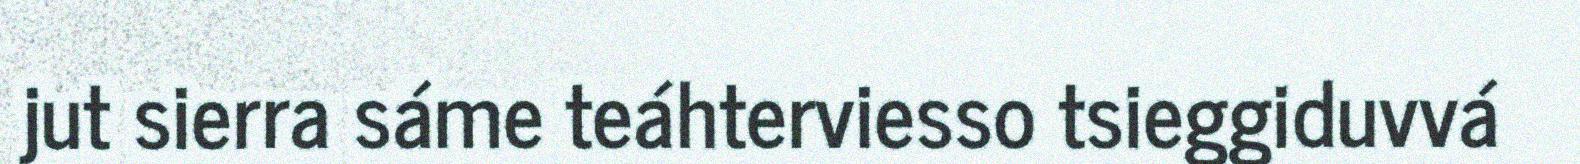
jut sierra sáme teáhterviesso tsieggiduvvá